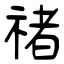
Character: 禇